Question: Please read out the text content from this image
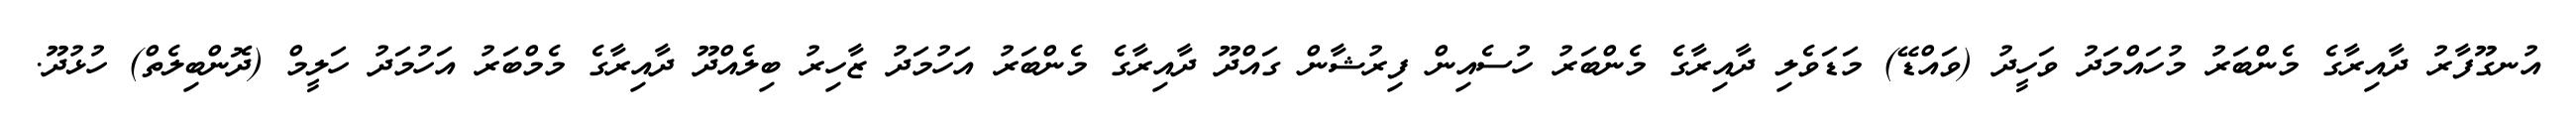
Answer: އުނގޫފާރު ދާއިރާގެ މެންބަރު މުހައްމަދު ވަހީދު (ވައްޑޭ) މަޑަވެލި ދާއިރާގެ މެންބަރު ހުސެއިން ފިރުޝާން ގައްދޫ ދާއިރާގެ މެންބަރު އަހުމަދު ޒާހިރު ބިލެއްދޫ ދާއިރާގެ މެމްބަރު އަހުމަދު ހަލީމް (ދޮންބިލެތް) ހުޅުދޫ.